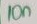
Text: 10n